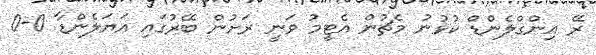
ރޭ އިންގްލެންޑް ކުޅުނު މެޗުން އެޓީމު ވަނީ ރަށުން ބޭރުގައި އަޔަލެންޑާ 0-0